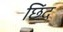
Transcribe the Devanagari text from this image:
छिंद